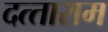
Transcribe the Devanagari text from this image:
दत्‍ताराम